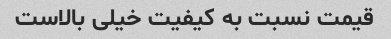
قیمت نسبت به کیفیت خیلی بالاست